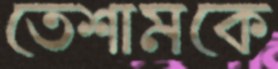
তেশামকে